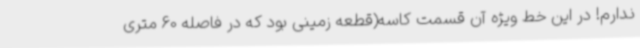
ندارم! در این خط ویژه آن قسمت کاسه(قطعه زمینی بود که در فاصله 60 متری